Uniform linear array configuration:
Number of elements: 16
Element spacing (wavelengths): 1
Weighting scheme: kaiser
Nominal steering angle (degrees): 15
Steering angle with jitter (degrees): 14.421
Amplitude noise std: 0.05
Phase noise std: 0.05

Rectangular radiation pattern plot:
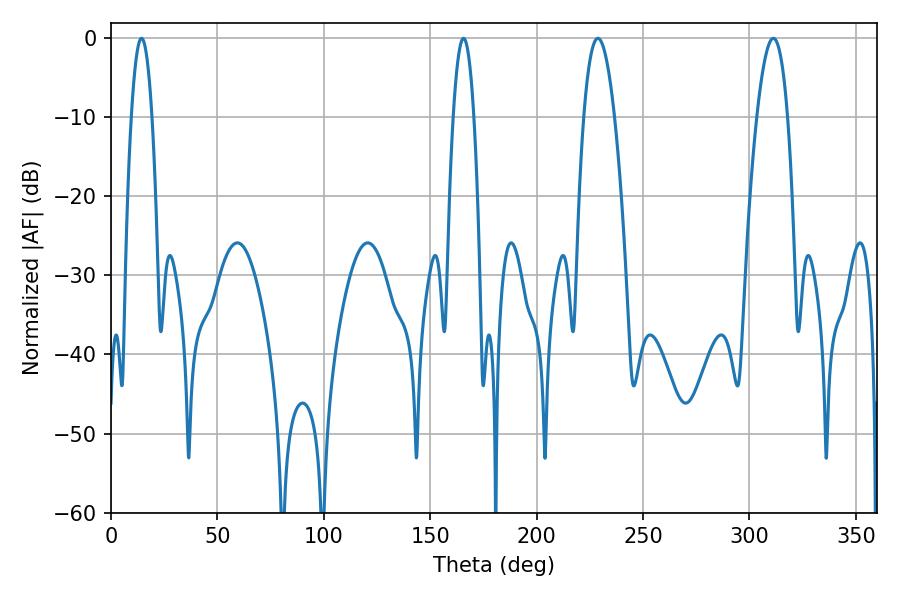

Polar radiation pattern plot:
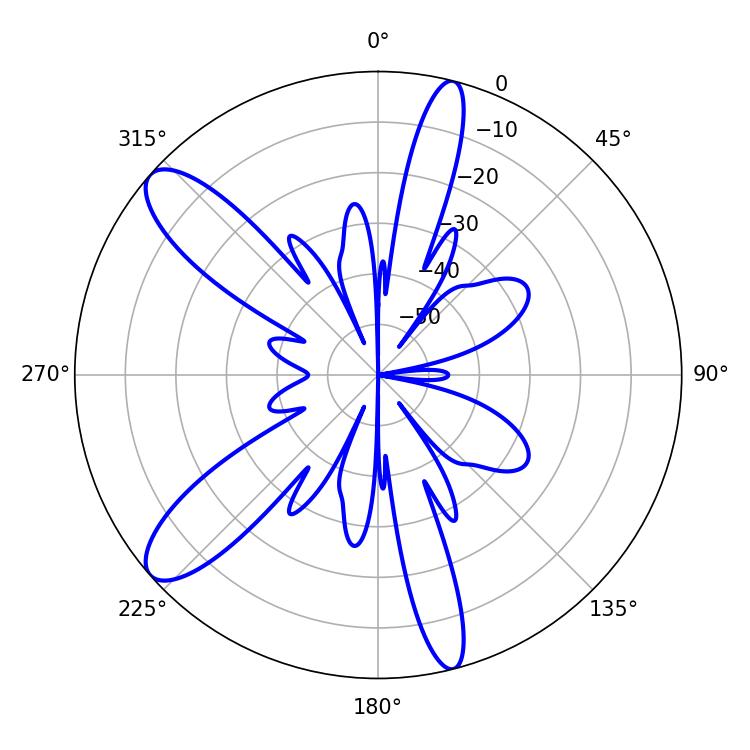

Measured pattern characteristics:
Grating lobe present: TRUE
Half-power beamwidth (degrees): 7.92
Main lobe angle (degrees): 228.78